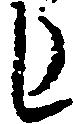
し